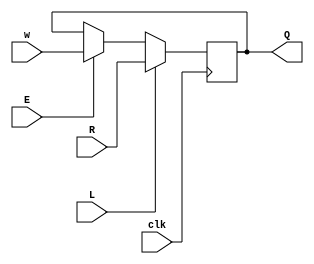
module top_module (
    input clk,
    input w, R, E, L,
    output Q
);
    wire t;
    always @(posedge clk)   begin
        if(clk)
            Q <= L ? R : (E ? w : Q);
        else 
            Q <= 1'b0;
    end

endmodule